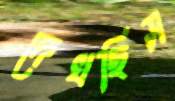
দেখছিস